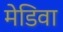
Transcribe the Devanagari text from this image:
मेडिवा